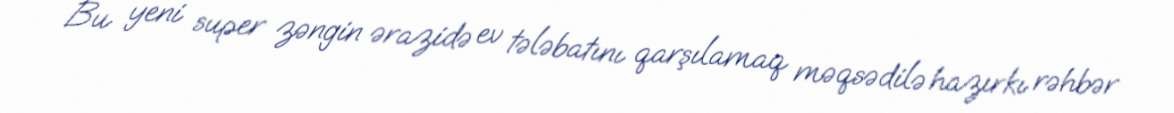
Bu yeni super zəngin ərazidə ev tələbatını qarşılamaq məqsədilə hazırkı rəhbər